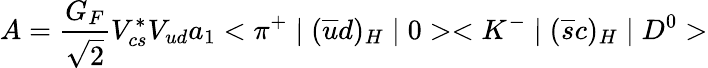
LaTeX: A=\frac{G_{F}}{\sqrt{2}}V_{cs}^{*}V_{ud}a_{1}<\pi^{+}\mid(\overline{{{u}}}d)_{H}\mid 0><K^{-}\mid(\overline{{{s}}}c)_{H}\mid D^{0}>